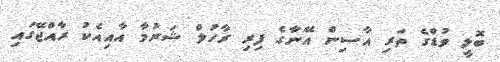
ބޮލީ ވުޑްގެ ތަރި އާސިން އޭނާގެ ފިރި ރާހުލް ޝަރުމާ އާއިއެކު ރާއްޖޭގައި